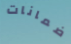
ضمانات